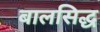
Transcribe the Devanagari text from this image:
बालसिद्ध